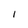
Character: I